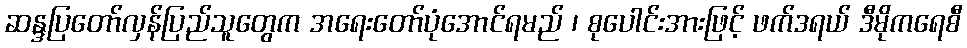
ဆန္ဒပြတော်လှန်ပြည်သူတွေက အရေးတော်ပုံအောင်ရမည် ၊ စုပေါင်းအားဖြင့် ဖက်ဒရယ် ဒီမိုကရေစီ